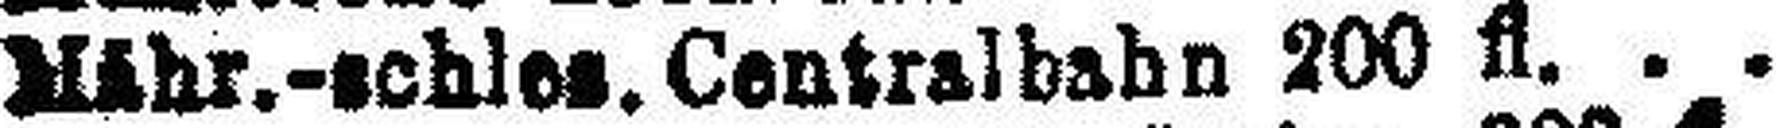
Mähr.-schles. Centralbahn 200 fl.